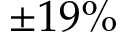
\pm 1 9 \%